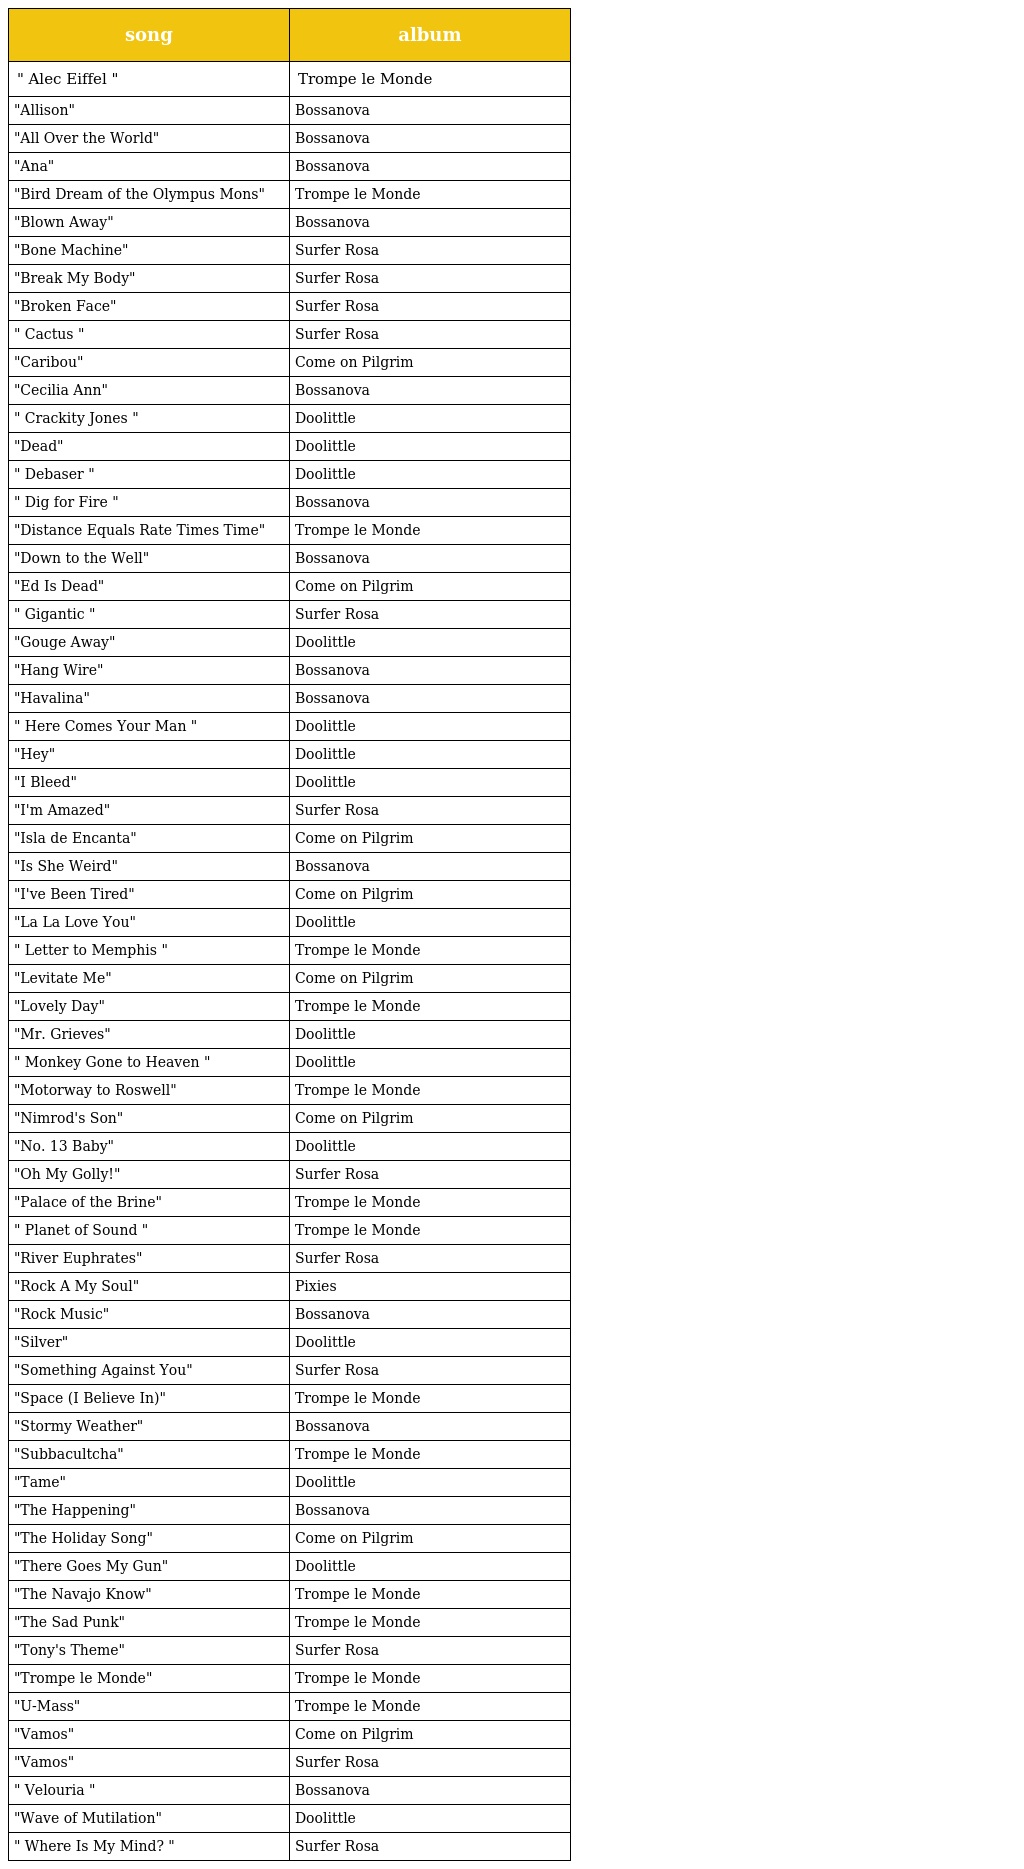
| song | album |
 | --- | --- |
 | " Alec Eiffel " | Trompe le Monde |
 | "Allison" | Bossanova |
 | "All Over the World" | Bossanova |
 | "Ana" | Bossanova |
 | "Bird Dream of the Olympus Mons" | Trompe le Monde |
 | "Blown Away" | Bossanova |
 | "Bone Machine" | Surfer Rosa |
 | "Break My Body" | Surfer Rosa |
 | "Broken Face" | Surfer Rosa |
 | " Cactus " | Surfer Rosa |
 | "Caribou" | Come on Pilgrim |
 | "Cecilia Ann" | Bossanova |
 | " Crackity Jones " | Doolittle |
 | "Dead" | Doolittle |
 | " Debaser " | Doolittle |
 | " Dig for Fire " | Bossanova |
 | "Distance Equals Rate Times Time" | Trompe le Monde |
 | "Down to the Well" | Bossanova |
 | "Ed Is Dead" | Come on Pilgrim |
 | " Gigantic " | Surfer Rosa |
 | "Gouge Away" | Doolittle |
 | "Hang Wire" | Bossanova |
 | "Havalina" | Bossanova |
 | " Here Comes Your Man " | Doolittle |
 | "Hey" | Doolittle |
 | "I Bleed" | Doolittle |
 | "I'm Amazed" | Surfer Rosa |
 | "Isla de Encanta" | Come on Pilgrim |
 | "Is She Weird" | Bossanova |
 | "I've Been Tired" | Come on Pilgrim |
 | "La La Love You" | Doolittle |
 | " Letter to Memphis " | Trompe le Monde |
 | "Levitate Me" | Come on Pilgrim |
 | "Lovely Day" | Trompe le Monde |
 | "Mr. Grieves" | Doolittle |
 | " Monkey Gone to Heaven " | Doolittle |
 | "Motorway to Roswell" | Trompe le Monde |
 | "Nimrod's Son" | Come on Pilgrim |
 | "No. 13 Baby" | Doolittle |
 | "Oh My Golly!" | Surfer Rosa |
 | "Palace of the Brine" | Trompe le Monde |
 | " Planet of Sound " | Trompe le Monde |
 | "River Euphrates" | Surfer Rosa |
 | "Rock A My Soul" | Pixies |
 | "Rock Music" | Bossanova |
 | "Silver" | Doolittle |
 | "Something Against You" | Surfer Rosa |
 | "Space (I Believe In)" | Trompe le Monde |
 | "Stormy Weather" | Bossanova |
 | "Subbacultcha" | Trompe le Monde |
 | "Tame" | Doolittle |
 | "The Happening" | Bossanova |
 | "The Holiday Song" | Come on Pilgrim |
 | "There Goes My Gun" | Doolittle |
 | "The Navajo Know" | Trompe le Monde |
 | "The Sad Punk" | Trompe le Monde |
 | "Tony's Theme" | Surfer Rosa |
 | "Trompe le Monde" | Trompe le Monde |
 | "U-Mass" | Trompe le Monde |
 | "Vamos" | Come on Pilgrim |
 | "Vamos" | Surfer Rosa |
 | " Velouria " | Bossanova |
 | "Wave of Mutilation" | Doolittle |
 | " Where Is My Mind? " | Surfer Rosa |